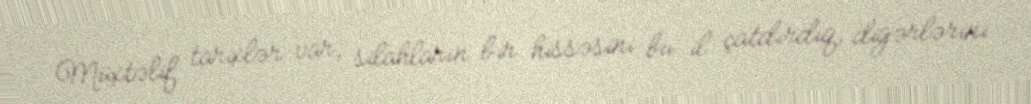
Müxtəlif tarixlər var, silahların bir hissəsini bu il çatdırdıq, digərlərini